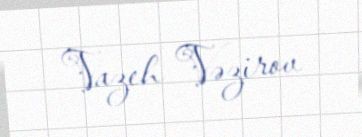
Vazeh Vəzirov